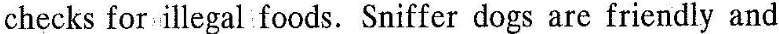
checks forillegalfoods. Sniffer dogs are friendly and